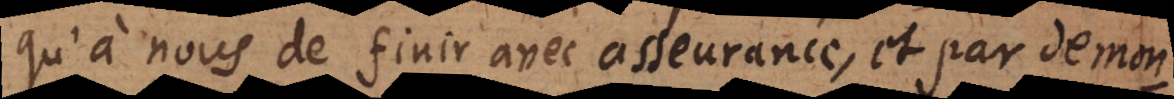
qu’à nous de finir avec asseurance et par demon